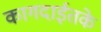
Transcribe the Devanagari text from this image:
कागदाईतके